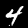
Digit: 4